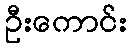
ဦးကောင်း